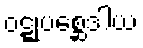
ဝဋ္ဋုပစ္ဆေဒါယ